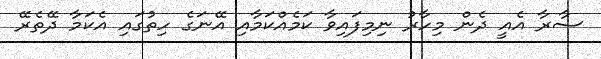
ސާރާ އެއީ ދެން މިހާރު ނިމިފައިވާ ކަމެއްކަމާއި އޭނަގެ ހިތުގައި އެކަމާ ދޭތެރޭ